Scottish Leaving Certificate Examination, 1961
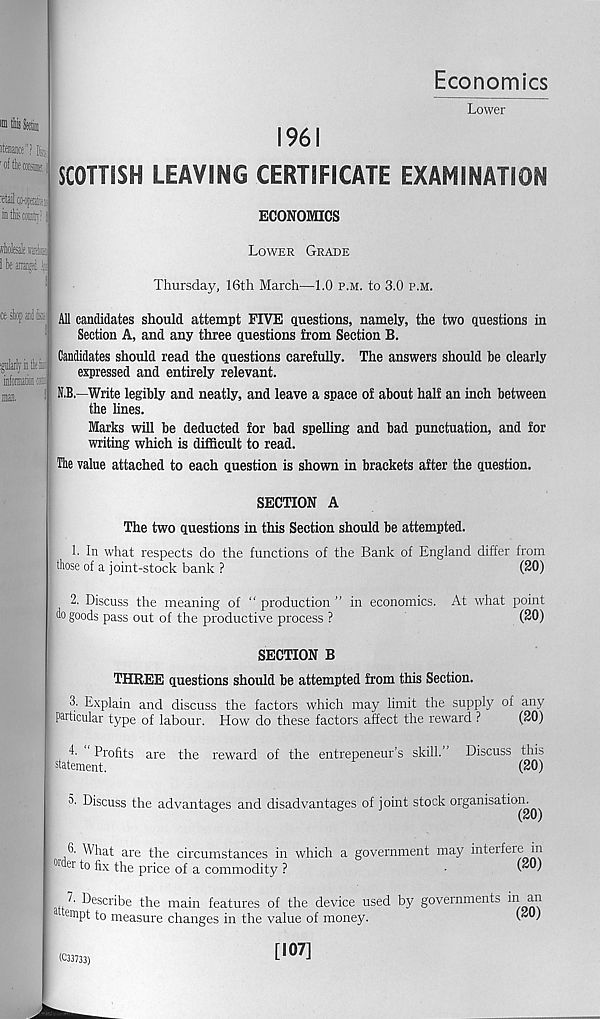
Economics
Lower
1961
SCOTTISH LEAVING CERTIFICATE EXAMINATION
ECONOMICS
Lower Grade
Thursday, 16th March—1.0 p.m. to 3.0 p.m.
eeslopaiilfc: All candidates should attempt FIVE questions, namely, the two questions in
Section A, and any three questions from Section B.
igiilarlyiitlifei
ism.
man,
'
Candidates should read the questions carefully. The answers should he clearly
expressed and entirely relevant.
N.B.—Write legibly and neatly, and leave a space of about half an inch between
the lines.
Marks will be deducted for bad spelling and bad punctuation, and for
writing which is difficult to read.
The value attached to each question is shown in brackets after the question.
SECTION A
The two questions in this Section should be attempted.
1. In what respects do the functions of the Bank of England differ from
those of a joint-stock bank ?
(20)
2. Discuss the meaning of “ production ” in economics. At what point
do goods pass out of the productive process ?
(20)
SECTION B
THREE questions should be attempted from this Section.
3’ Explain and discuss the factors which may limit the supply of any
particular type of labour. How do these factors affect the reward ?
(20)
4- Profits are the reward of the entrepeneur’s skill.’ Discuss this
statement.
(20)
O' Discuss the advantages and disadvantages of joint stock organisation.^
6. What are the circumstances in which a government may interfere in
01 er to fix the price of a commodity ?
•
(*®4
a i t^' Scribe the main features of the device used by governments in an
em Pt to measure changes in the value of money.
("®1
[107]
(C33733)